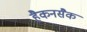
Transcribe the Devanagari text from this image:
हैकनसैक